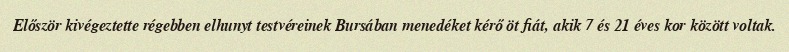
Először kivégeztette régebben elhunyt testvéreinek Bursában menedéket kérő öt fiát, akik 7 és 21 éves kor között voltak.